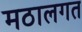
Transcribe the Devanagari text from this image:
मठालगत